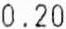
0.20